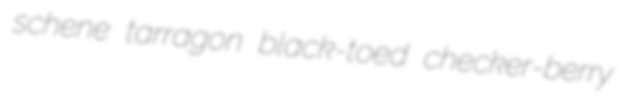
schene tarragon black-toed checker-berry